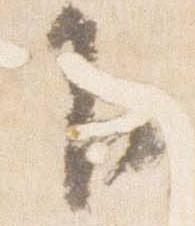
下